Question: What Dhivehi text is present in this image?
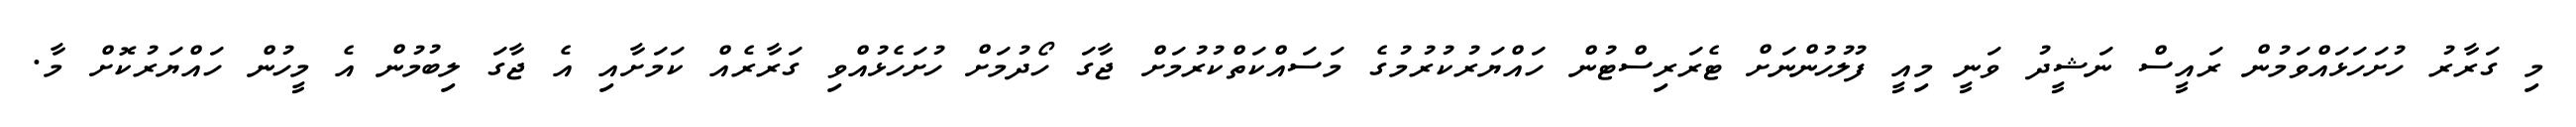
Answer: މި ގަރާރު ހުށަހަޅައްވަމުން ރައީސް ނަޝީދު ވަނީ މިއީ ފުލުހުންނަށް ޓެރަރިސްޓުން ހައްޔަރުކުރުމުގެ މަސައްކަތްކުރުމަށް ޖާގަ ހޯދުމަށް ހުށަހެޅުއްވި ގަރާރެއް ކަމަށާއި އެ ޖާގަ ލިބުމުން އެ މީހުން ހައްޔަރުކޮށް މާ.